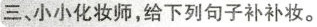
三、小小化妆师，给下列句子补补妆。